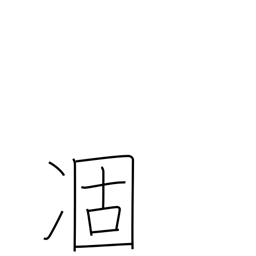
Meaning: droop